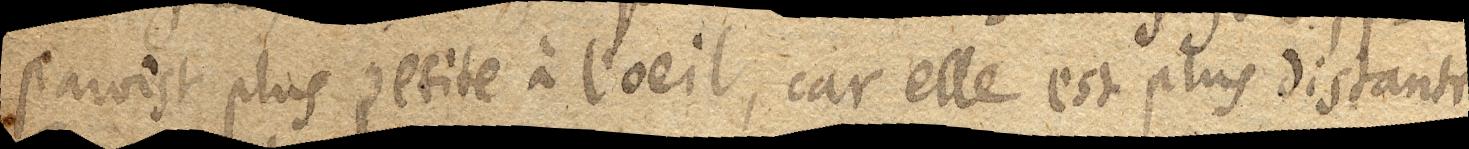
paroist plus petite à l’oeil, car elle est plus distante.